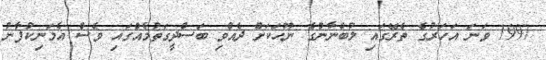
1997 ވަނަ އަހަރުގެ ތެރޭގައި ލުބްނާނުގެ ނޫހަކަށް ދެއްވި ބަސްދީގަތުމެއްގައި ވެސް އެމަނިކުފާނު